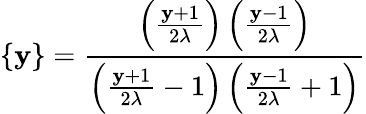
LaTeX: \{ \mathbf{y}\} =\frac{{\left(\frac{{\mathbf{y}+1}}{{2\lambda}}\right)\left(\frac{{\mathbf{y}-1}}{{2\lambda}}\right)}}{{\left(\frac{{\mathbf{y}+1}}{{2\lambda}}-1\right)\left(\frac{{\mathbf{y}-1}}{{2\lambda}}+1\right)}}